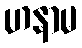
ဟနာမ